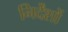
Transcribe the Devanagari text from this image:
निर्देंशों